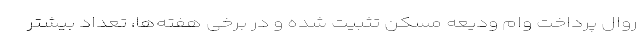
روال پرداخت وام ودیعه مسکن تثبیت شده و در برخی هفته‌ها، تعداد بیشتر